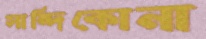
সান্দিকোনা